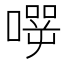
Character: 𰈬